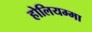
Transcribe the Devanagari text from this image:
होलियम्मा